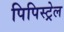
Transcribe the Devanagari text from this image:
पिपिस्ट्रेल